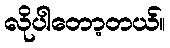
လိုပါတော့တယ်။